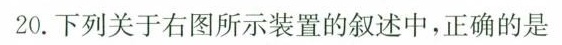
20.下列关于右图所示装置的叙述中，正确的是